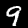
Digit: 9